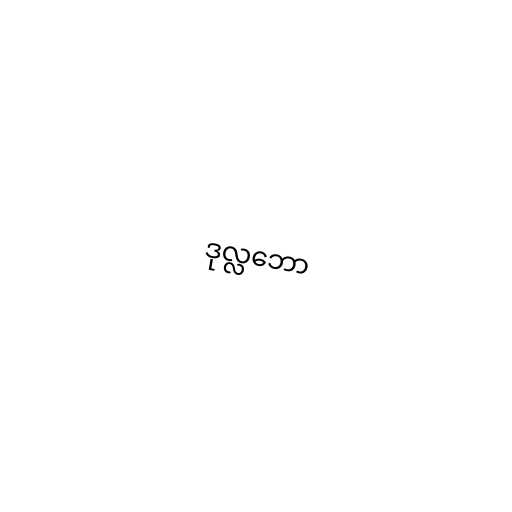
ဒုလ္လဘော